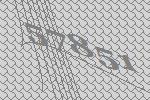
57851